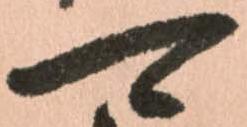
可